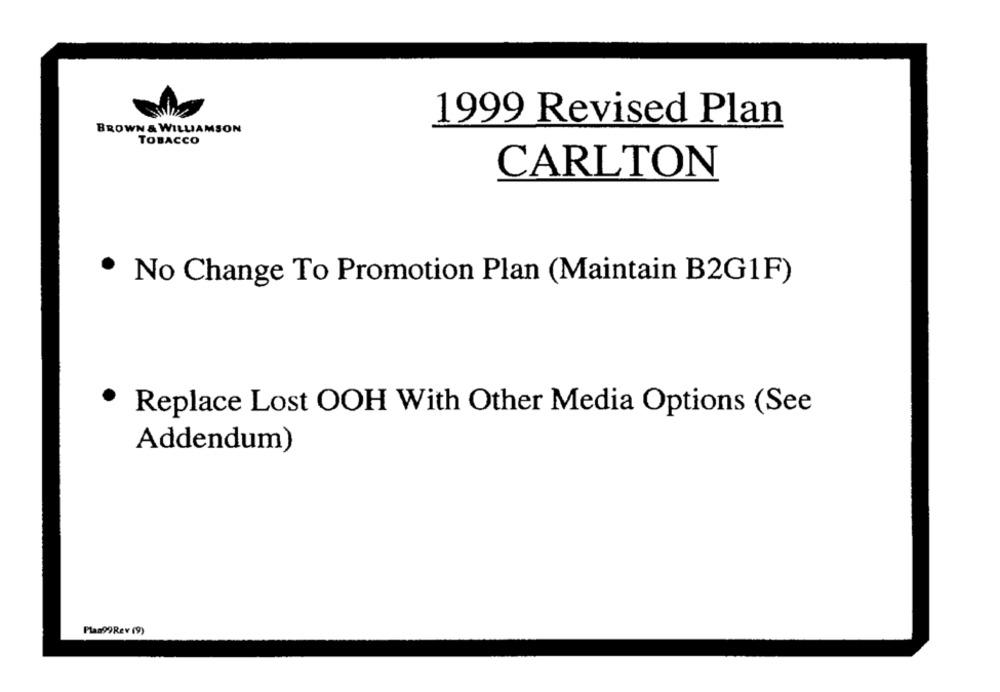
1999 Revised Plan
BROWN & WILLIAMSON
TOBACCO
CARLTON
. No Change To Promotion Plan (Maintain B2G1F)
.
Replace Lost OOH With Other Media Options (See
Addendum)
Plan99Rev (9)